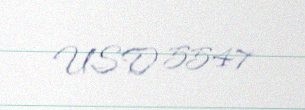
USD 5547